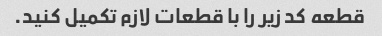
قطعه کد زیر را با قطعات لازم تکمیل کنید.